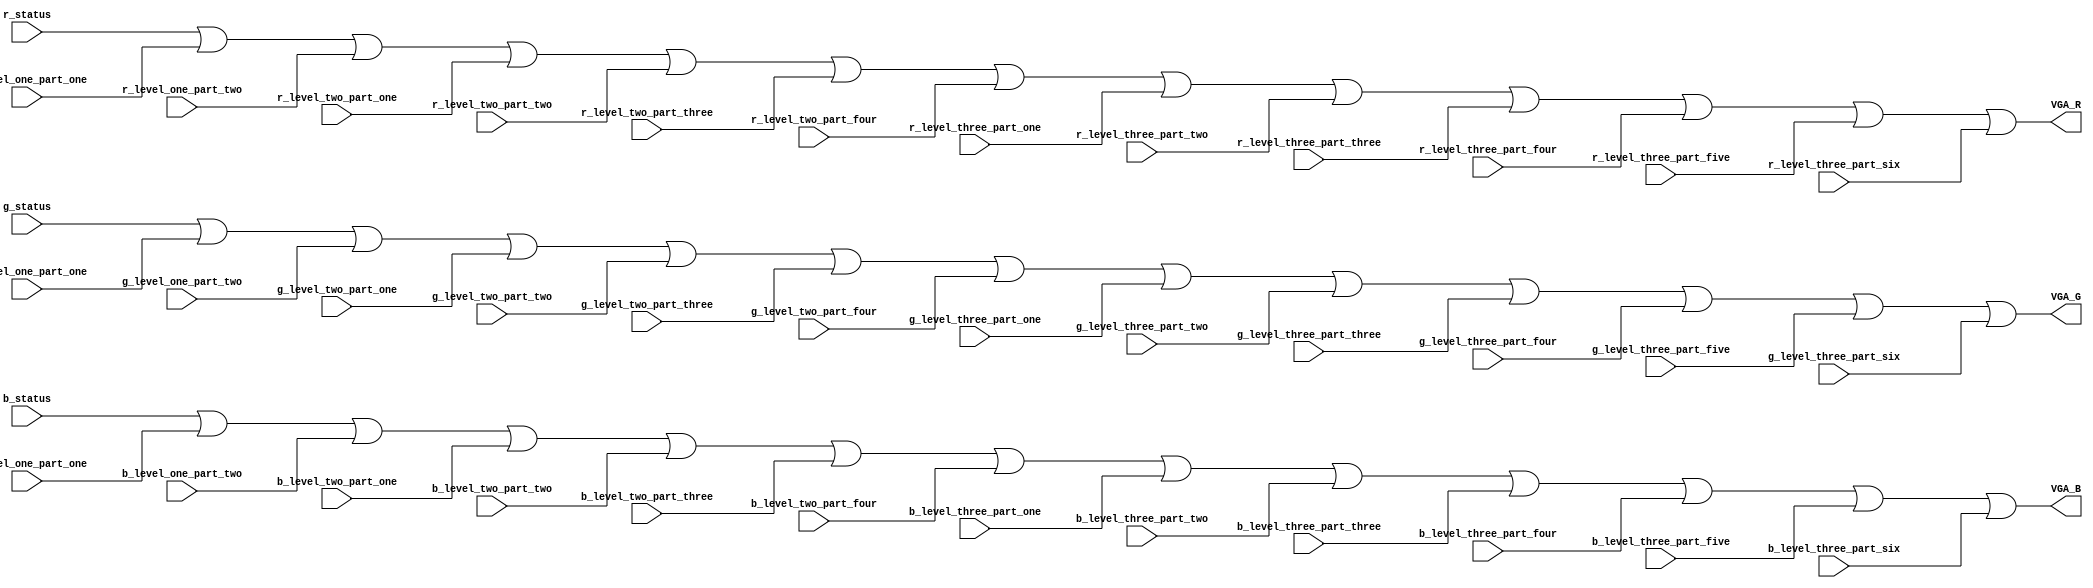
module rgb_out(
	input 	[7:0] r_status,
	input 	[7:0] g_status,
	input 	[7:0] b_status,
	
	input 	[7:0] r_level_one_part_one,
	input 	[7:0] g_level_one_part_one,
	input 	[7:0] b_level_one_part_one,
	
	input 	[7:0] r_level_one_part_two,
	input 	[7:0] g_level_one_part_two,
	input		[7:0] b_level_one_part_two,
	
	input 	[7:0] r_level_two_part_one,
	input 	[7:0] g_level_two_part_one,
	input		[7:0] b_level_two_part_one,
	
	input 	[7:0] r_level_two_part_two,
	input 	[7:0] g_level_two_part_two,
	input		[7:0] b_level_two_part_two,
	
	input 	[7:0] r_level_two_part_three,
	input 	[7:0] g_level_two_part_three,
	input		[7:0] b_level_two_part_three,
	
	input 	[7:0] r_level_two_part_four,
	input 	[7:0] g_level_two_part_four,
	input		[7:0] b_level_two_part_four,
	
	input 	[7:0] r_level_three_part_one,
	input 	[7:0] g_level_three_part_one,
	input		[7:0] b_level_three_part_one,
	
	input 	[7:0] r_level_three_part_two,
	input 	[7:0] g_level_three_part_two,
	input		[7:0] b_level_three_part_two,
	
	input 	[7:0] r_level_three_part_three,
	input 	[7:0] g_level_three_part_three,
	input		[7:0] b_level_three_part_three,
	
	input 	[7:0] r_level_three_part_four,
	input 	[7:0] g_level_three_part_four,
	input		[7:0] b_level_three_part_four,
	
	input 	[7:0] r_level_three_part_five,
	input 	[7:0] g_level_three_part_five,
	input		[7:0] b_level_three_part_five,
	
	input 	[7:0] r_level_three_part_six,
	input 	[7:0] g_level_three_part_six,
	input		[7:0] b_level_three_part_six,
	
	output 	[7:0] VGA_R,
	output 	[7:0] VGA_G,
	output 	[7:0] VGA_B
);


assign VGA_R = r_status | r_level_one_part_one | r_level_one_part_two | r_level_two_part_one | r_level_two_part_two | r_level_two_part_three | r_level_two_part_four | r_level_three_part_one | r_level_three_part_two | r_level_three_part_three | r_level_three_part_four | r_level_three_part_five | r_level_three_part_six;
assign VGA_G = g_status | g_level_one_part_one | g_level_one_part_two | g_level_two_part_one | g_level_two_part_two | g_level_two_part_three | g_level_two_part_four | g_level_three_part_one | g_level_three_part_two | g_level_three_part_three | g_level_three_part_four | g_level_three_part_five | g_level_three_part_six;
assign VGA_B = b_status | b_level_one_part_one | b_level_one_part_two | b_level_two_part_one | b_level_two_part_two | b_level_two_part_three | b_level_two_part_four | b_level_three_part_one | b_level_three_part_two | b_level_three_part_three | b_level_three_part_four | b_level_three_part_five | b_level_three_part_six;

endmodule